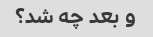
و بعد چه شد؟